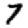
Digit: 7